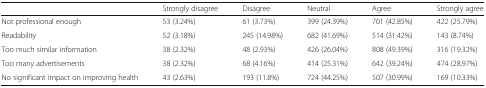
<table><thead><tr><td></td><td><b>Strongly disagree</b></td><td><b>Disagree</b></td><td><b>Neutral</b></td><td><b>Agree</b></td><td><b>Strongly agree</b></td></tr></thead><tbody><tr><td>Not professional enough</td><td>53 (3.24%)</td><td>61 (3.73%)</td><td>399 (24.39%)</td><td>701 (42.85%)</td><td>422 (25.79%)</td></tr><tr><td>Readability</td><td>52 (3.18%)</td><td>245 (14.98%)</td><td>682 (41.69%)</td><td>514 (31.42%)</td><td>143 (8.74%)</td></tr><tr><td>Too much similar information</td><td>38 (2.32%)</td><td>48 (2.93%)</td><td>426 (26.04%)</td><td>808 (49.39%)</td><td>316 (19.32%)</td></tr><tr><td>Too many advertisements</td><td>38 (2.32%)</td><td>68 (4.16%)</td><td>414 (25.31%)</td><td>642 (39.24%)</td><td>474 (28.97%)</td></tr><tr><td>No significant impact on improving health</td><td>43 (2.63%)</td><td>193 (11.8%)</td><td>724 (44.25%)</td><td>507 (30.99%)</td><td>169 (10.33%)</td></tr></tbody></table>